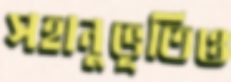
সহানুভূতিও